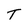
Character: T